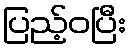
ပြည့်ဝပြီး